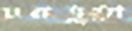
চরভুতা